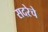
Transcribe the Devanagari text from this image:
सदरेचे